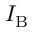
I _ { \mathrm { B } }